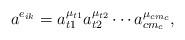
LaTeX: \begin{align*}a^{e_{ik}}=a_{t 1}^{\mu_{t 1}}a_{t 2}^{\mu_{t 2}}\cdots a_{c m_c}^{\mu_{c m_c}},\end{align*}